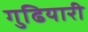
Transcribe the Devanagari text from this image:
गुढियारी